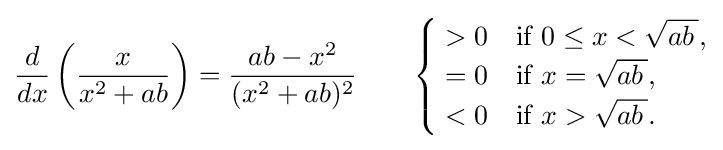
{d \over dx}\left({\frac {x}{x^{2}+ab}}\right)={\frac {ab-x^{2}}{(x^{2}+ab)^{2}}}\qquad {\begin{cases}{}>0&{\text{if }}0\leq x<{\sqrt {ab\,{}}},\\{}=0&{\text{if }}x={\sqrt {ab\,{}}},\\{}<0&{\text{if }}x>{\sqrt {ab\,{}}}.\end{cases}}